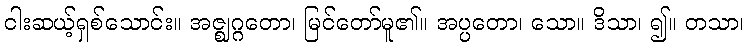
ငါးဆယ့်ရှစ်သောင်း။ အဇ္ဈဂ္ဂတော၊ မြင်တော်မူ၏။ အပ္ပတော၊ သော။ ဒိသာ၊ ၍။ တသာ၊